Statistical return of the lunatic asylum in Assam - 1912-1932
Year: 1912
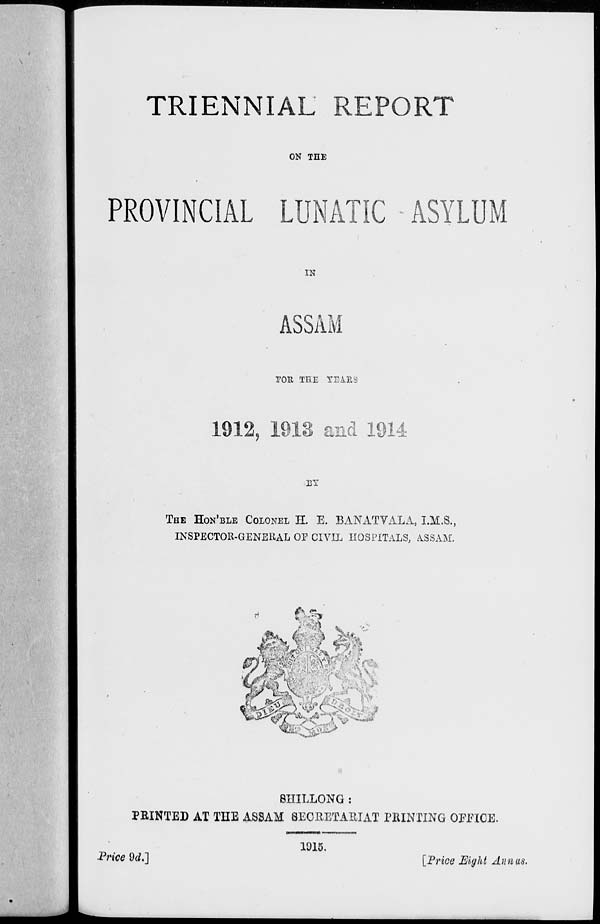
TRIENNIAL REPORT
ON THE
PROVINCIAL LUNATIC ASYLUM
IN
ASSAM
TOR TEE YEARS
1912, 1913 and 1914
BY
THE HON'BLE COLONEL H. E. BANATVALA, I.M.S.,
INSPECTOR-GENERAL OF CIVIL HOSPITALS, ASSAM.
-:..■■ < V^i
sJft*
BHILLONG :
PRINTED AT THE ASSAM SECRETARIAT PRINTING OFEICE.
Price 9d.]
1915.
[Price Eight Annas.